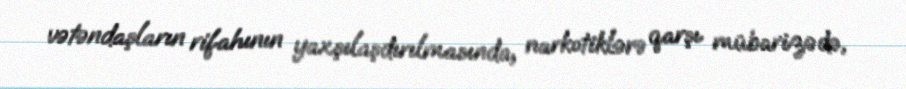
vətəndaşların rifahının yaxşılaşdırılmasında, narkotiklərə qarşı mübarizədə,